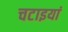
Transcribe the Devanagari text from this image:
चटाइयां